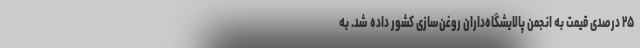
۲۵ درصدی قیمت به انجمن پالایشگاه‌داران روغن‌سازی کشور داده شد. به